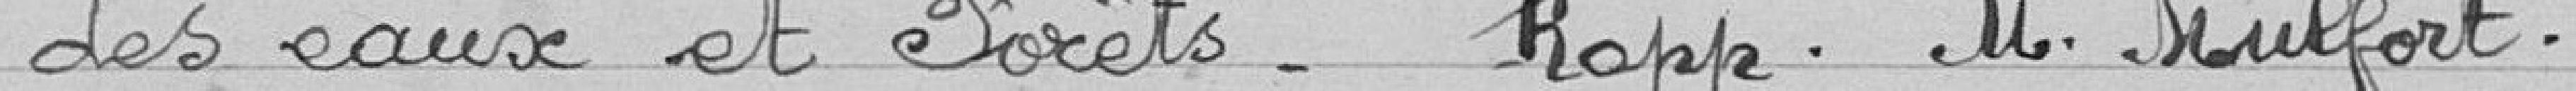
des eaux et forêts. Rapp. M. Mulfort.